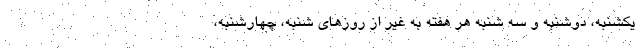
یکشنبه، دوشنبه و سه شنبه هر هفته به غیر از روزهای شنبه، چهارشنبه،